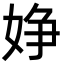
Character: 婙